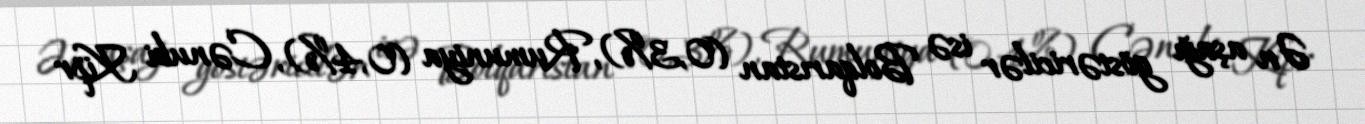
Ən aşağı göstəricilər isə Bolqarıstan (0,3%), Rumuniya (0,4%), Cənubi Kipr